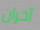
آخران